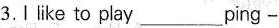
3.I like to play___ping-